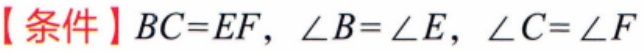
【条件】\(BC = EF\)，\(\angle B=\angle E\)，\(\angle C=\angle F\)